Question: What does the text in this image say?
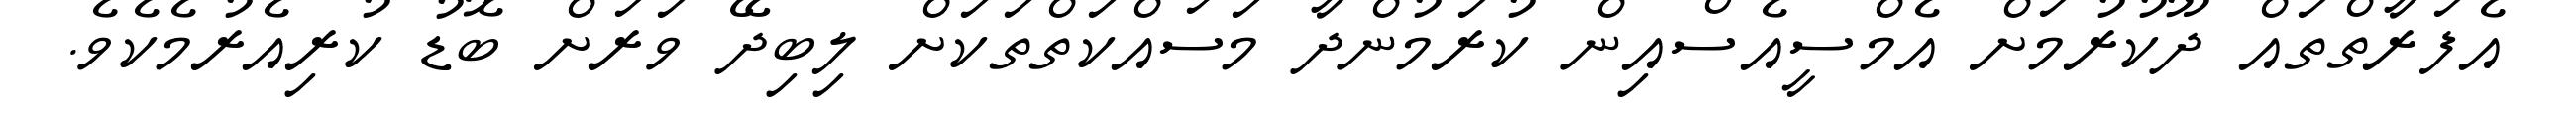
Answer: އެފަރާތްތައް ދޫކުރުމަށް އެމްސީއެސްއިން ކުރަމުންދާ މަސައްކަތްތަކަށް ލިބިދޭ ވަރަށް ބޮޑު ކުރިއެރުމެކެވެ.